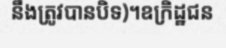
នឹងត្រូវបានបិទ)។ឧក្រិដ្ឋជន